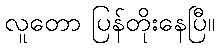
လူတော ပြန်တိုးနေပြီ။